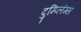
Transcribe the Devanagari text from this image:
दुम्प्लिंग्स